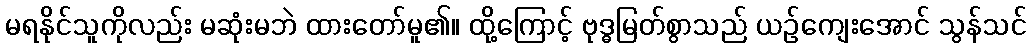
မရနိုင်သူကိုလည်း မဆုံးမဘဲ ထားတော်မူ၏။ ထို့ကြောင့် ဗုဒ္ဓမြတ်စွာသည် ယဉ်ကျေးအောင် သွန်သင်